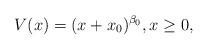
LaTeX: \begin{align*}V(x) = (x+x_0)^{\beta_0},x \ge 0,\end{align*}